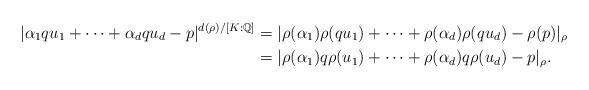
LaTeX: \begin{align*}|\alpha_1 q u_1+\cdots+\alpha_d q u_d-p|^{d(\rho)/[K:\mathbb{Q}]}&=|\rho(\alpha_1)\rho(q u_1)+\cdots+\rho(\alpha_d)\rho(q u_d)-\rho(p)|_\rho\\&=|\rho(\alpha_1)q\rho(u_1)+\cdots+\rho(\alpha_d)q\rho(u_d)-p|_\rho.\end{align*}